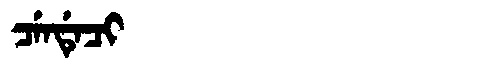
Manchu: ᠴᡝᠨᡩᡝᠴᡳ
Romanization: CENDECI